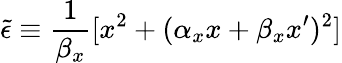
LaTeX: \tilde{\epsilon}\equiv\frac{1}{\beta_{x}}[x^{2}+(\alpha_{x}x+\beta_{x}x^{\prime})^{2}]